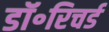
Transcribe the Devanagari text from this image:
डॉ॰रिचर्ड